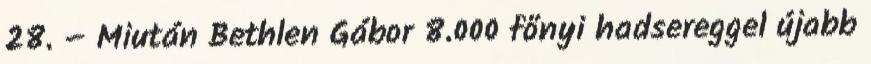
28. – Miután Bethlen Gábor 8.000 főnyi hadsereggel újabb